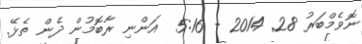
ނޮވެމްބަރު 28